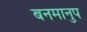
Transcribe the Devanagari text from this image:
बनमानुप